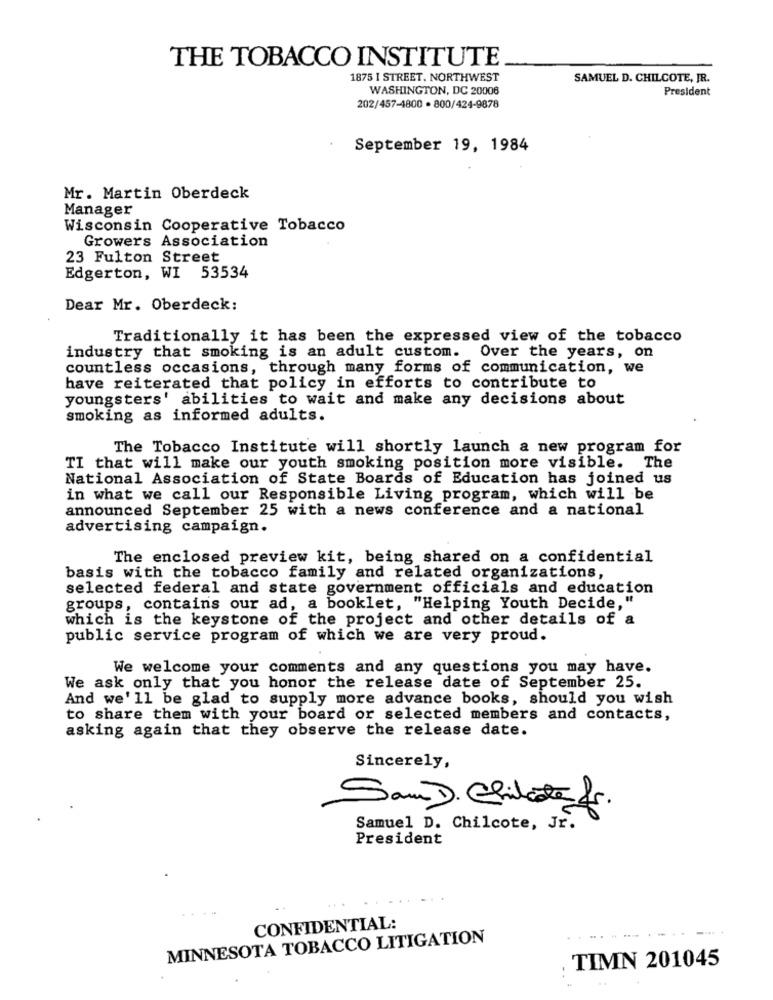
THE TOBACCO INSTITUTE
1875 I STREET. NORTHWEST
SAMUEL D. CHILCOTE, JR.
WASHINGTON, DC 20006
President
202/457-4800 · 800/424-9878
September 19, 1984
Mr. Martin Oberdeck
Manager
Wisconsin Cooperative Tobacco
Growers Association
23 Fulton Street
Edgerton, WI 53534
Dear Mr. Oberdeck:
Traditionally it has been the expressed view of the tobacco
industry that smoking is an adult custom. Over the years, on
countless occasions, through many forms of communication, we
have reiterated that policy in efforts to contribute to
youngsters' abilities to wait and make any decisions about
smoking as informed adults.
The Tobacco Institute will shortly launch a new program for
TI that will make our youth smoking position more visible. The
National Association of State Boards of Education has joined us
in what we call our Responsible Living program, which will be
announced September 25 with a news conference and a national
advertising campaign.
The enclosed preview kit, being shared on a confidential
basis with the tobacco family and related organizations,
selected federal and state government officials and education
groups, contains our ad, a booklet, "Helping Youth Decide,"
which is the keystone of the project and other details of a
public service program of which we are very proud.
We welcome your comments and any questions you may have.
We ask only that you honor the release date of September 25.
And we'll be glad to supply more advance books, should you wish
to share them with your board or selected members and contacts,
asking again that they observe the release date.
Sincerely,
SamD. Chilete fr.
Samuel D. Chilcote, Jr.
President
CONFIDENTIAL:
MINNESOTA TOBACCO LITIGATION
TIMN 201045
..